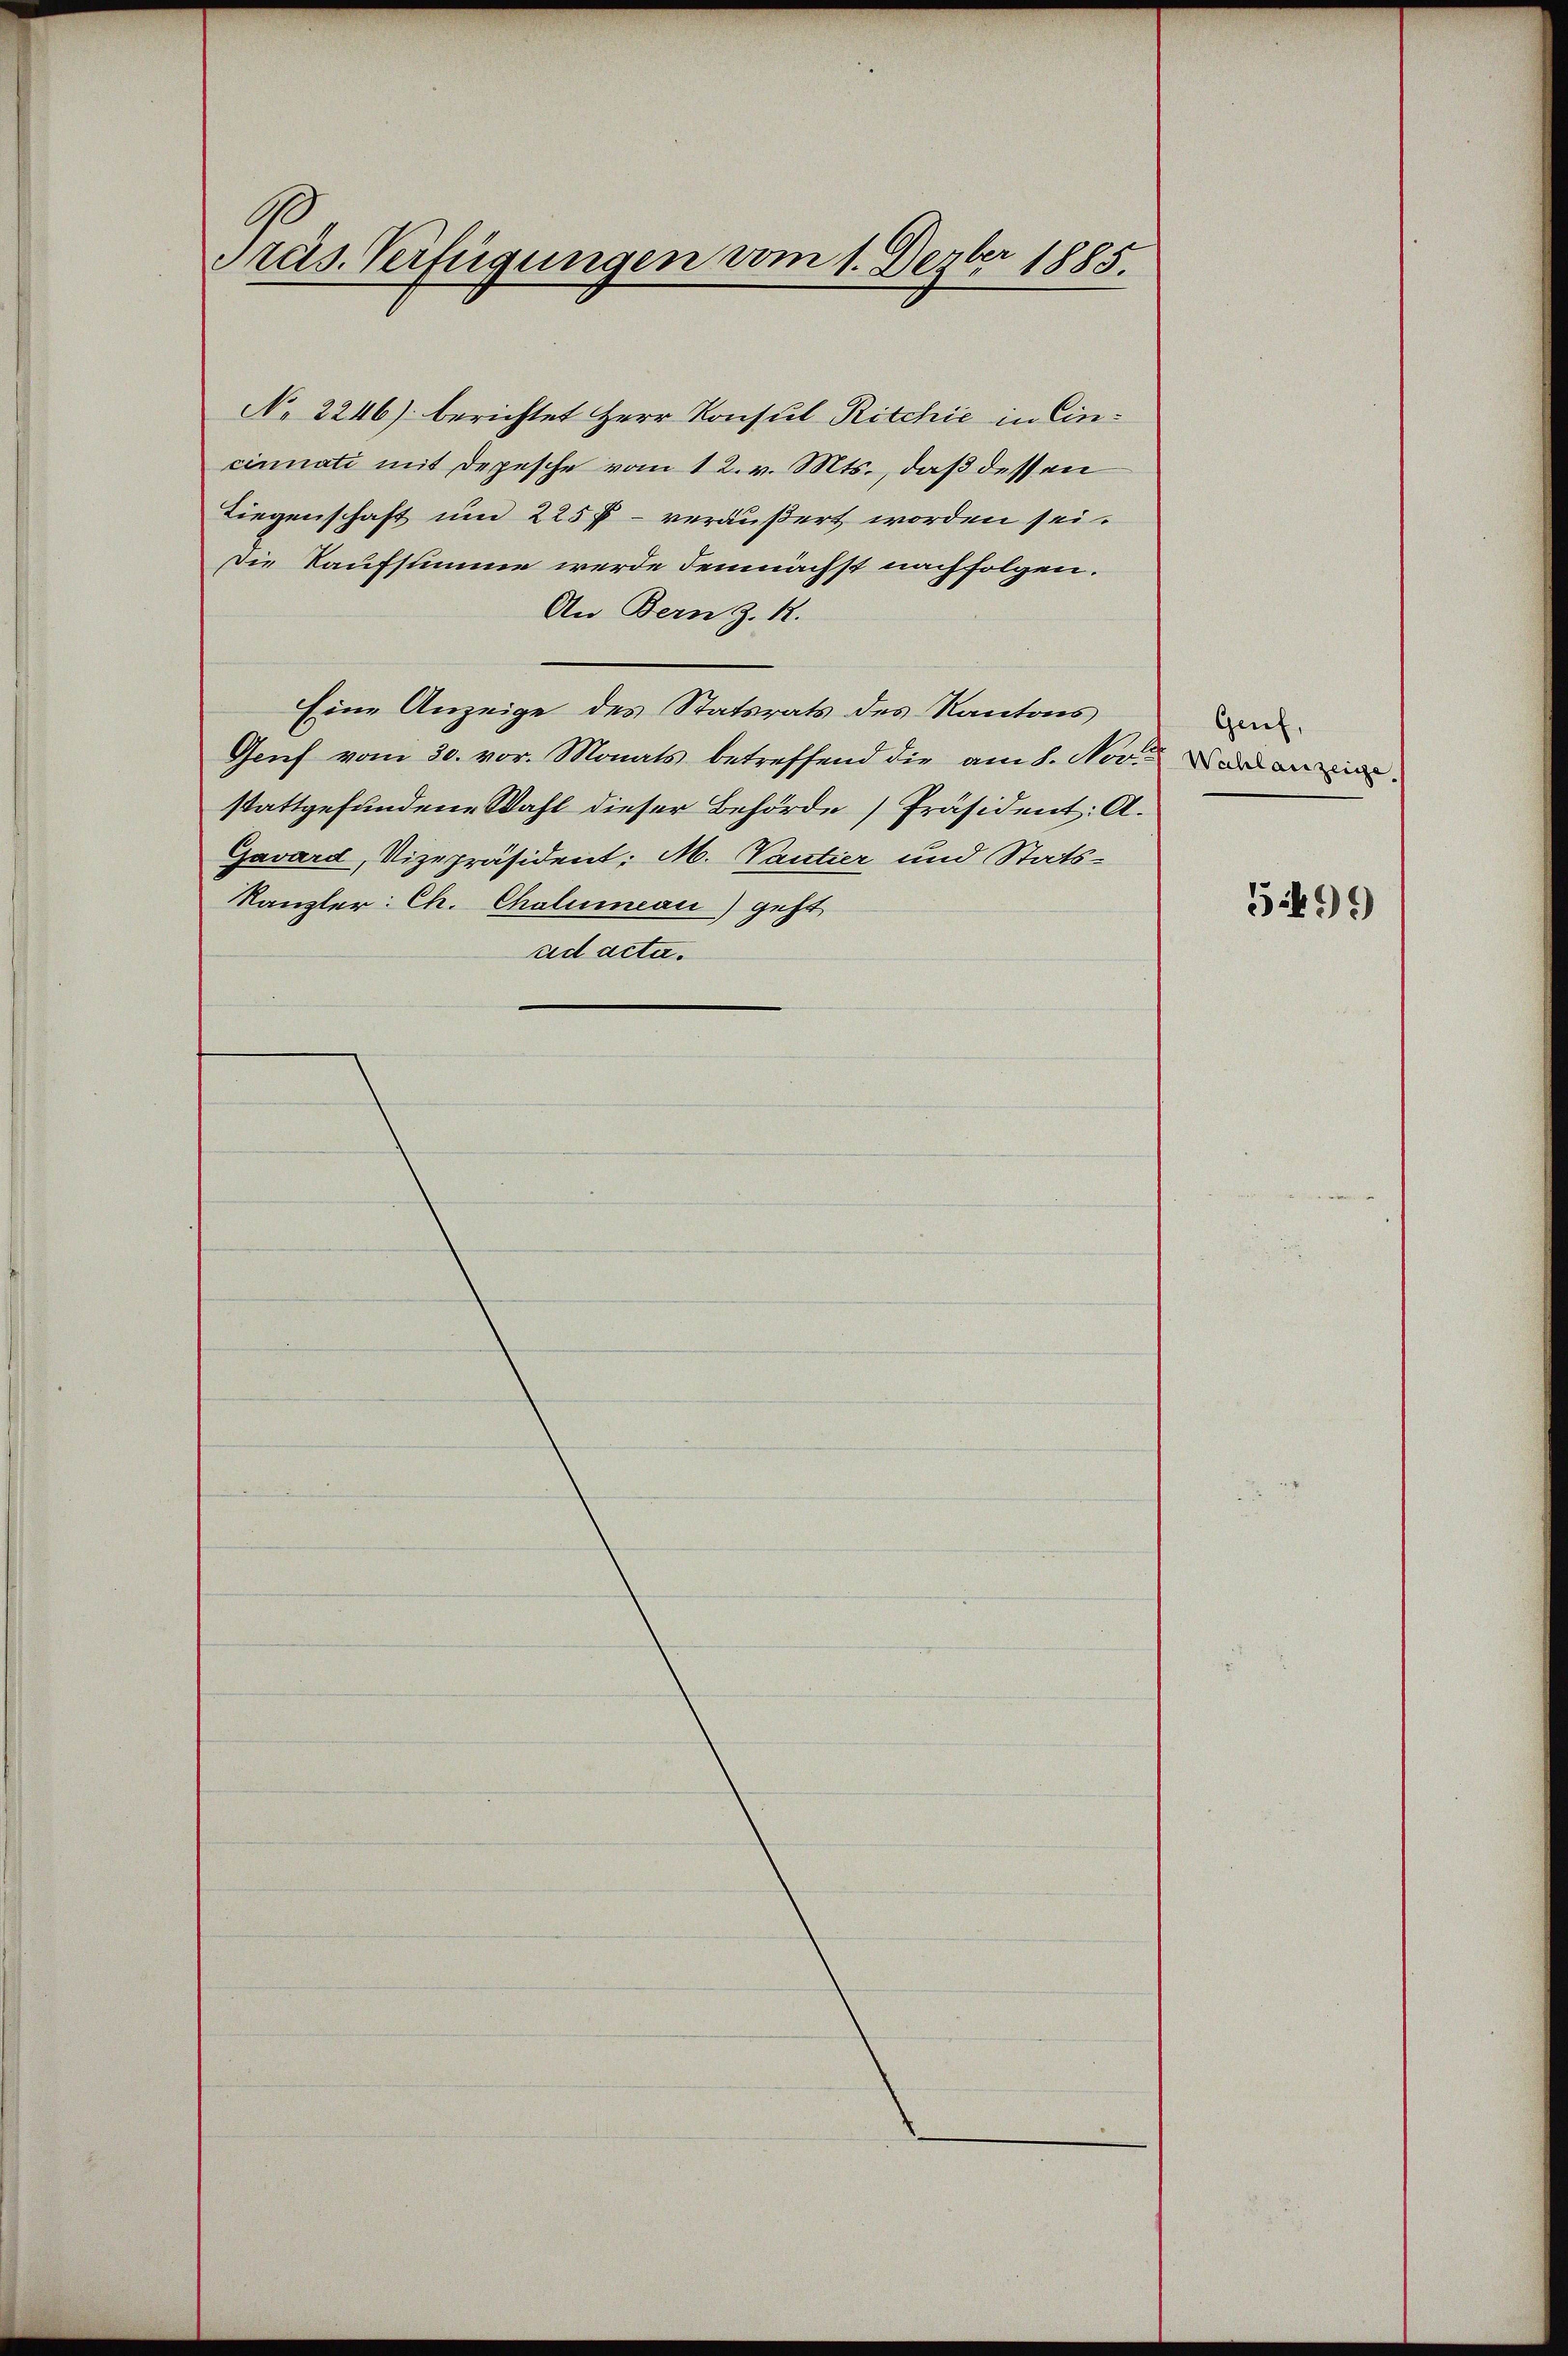
99
Präs. Verfügungen vom 1. Dezbr 1885.

No 2246) berichtet Herr Konsul Ritchie in Eincinnati mit Depesche vom 12. v. Mts., daß dessen
Liegenschaft um 225 f - veräußert worden sei.
Die Kaufsumme werde demnächst nachfolgen.
An Bern Z. 12.
Eine Anzeige des Statsrats des Kantons
Genf vom 30. vor. Monats betreffend die am 8. Nov
stattgefundene Wahl dieser Behörde Präsident: A.
Gavard, Vizepräsident: M. Vantier und Stats¬
Kanzler: Ch. Chalenman) geht
ad acta.

Genf,
Wahlanzeige.

5:499)